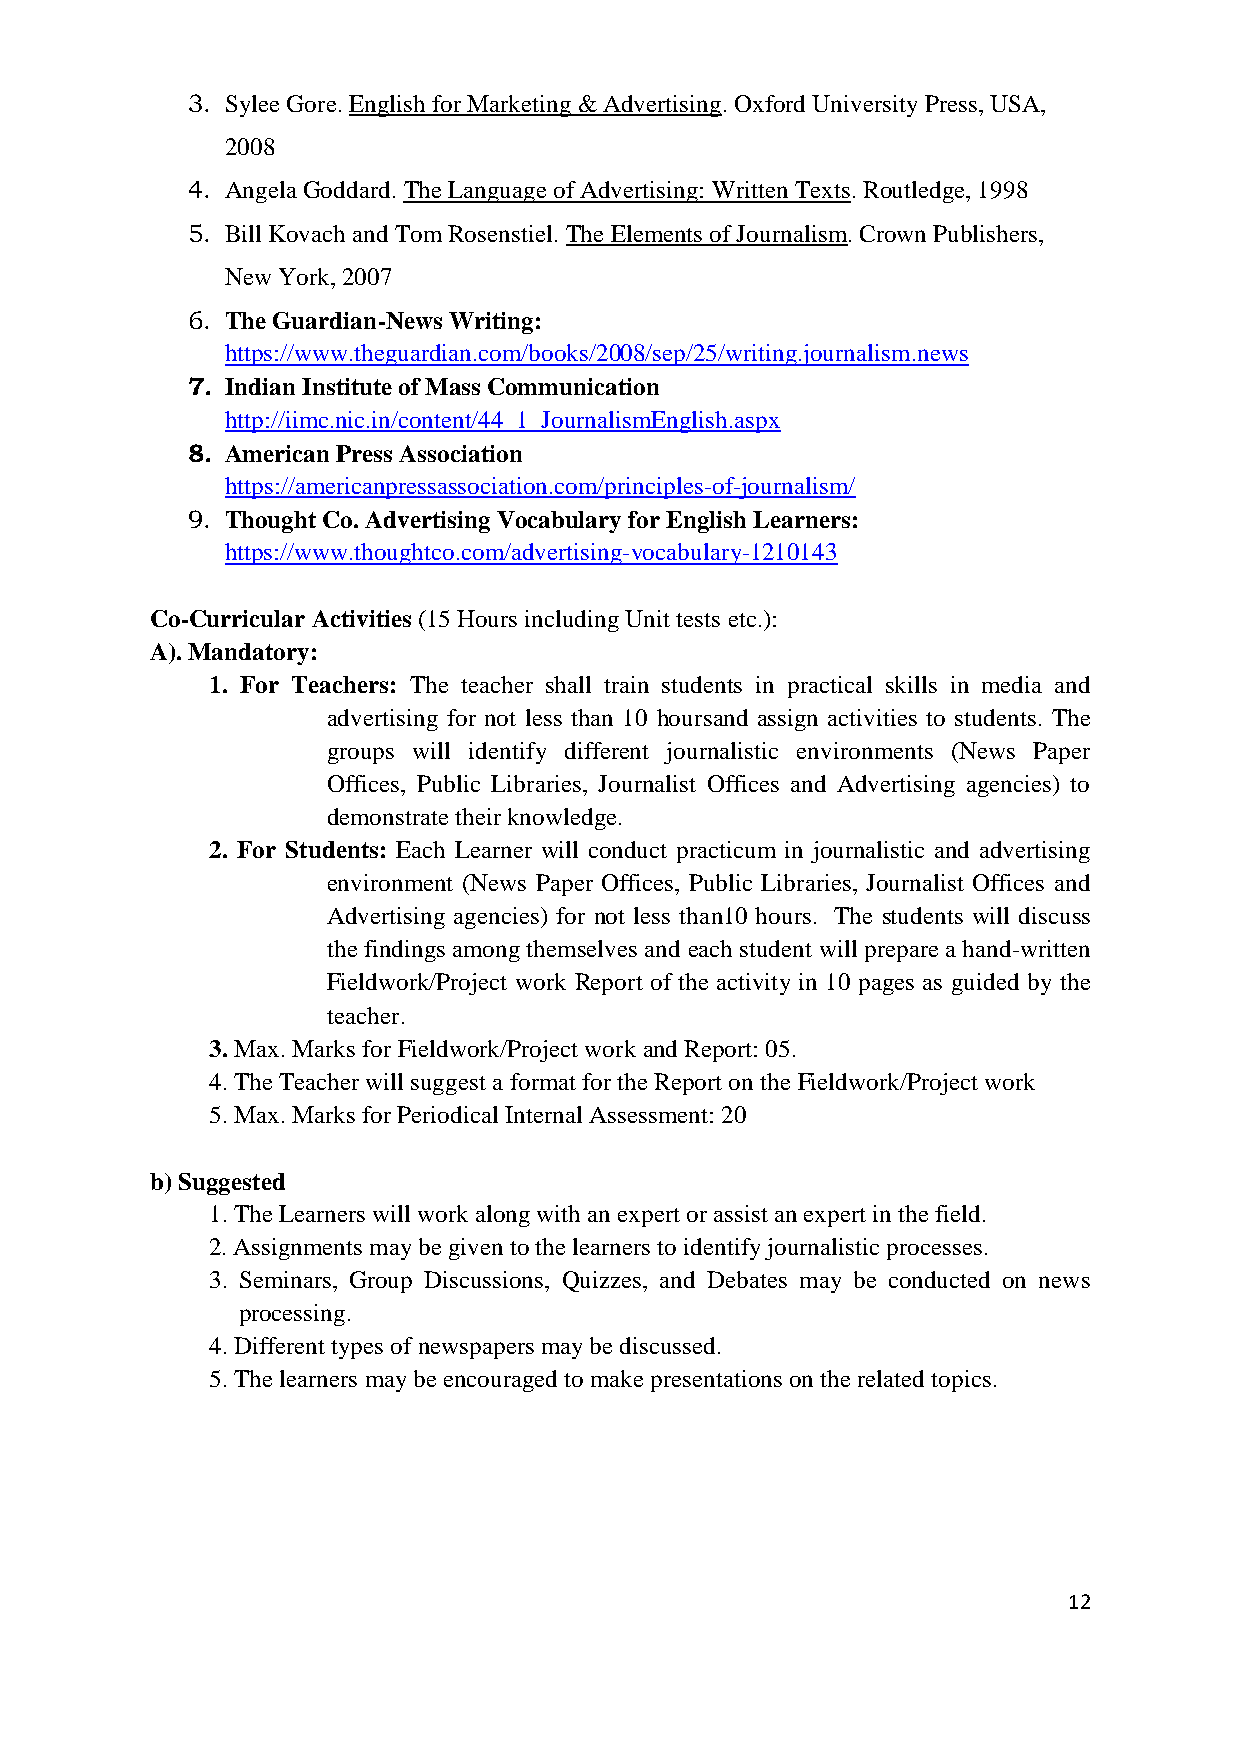
3. Sylee Gore. English for Marketing & Advertising. Oxford University Press, USA,
 2008
 4. Angela Goddard. The Language of Advertising: Written Texts. Routledge, 1998
 5. Bill Kovach and Tom Rosenstiel. The Elements of Journalism. Crown Publishers,
 New York, 2007
 6. The Guardian-News Writing:
 https://www.theguardian.com/books/2008/sep/25/writing.journalism.news
 7. Indian Institute of Mass Communication
 http://iimc.nic.in/content/44_1_JournalismEnglish.aspx
 8. American Press Association
 https://americanpressassociation.com/principles-of-journalism/
 9. Thought Co. Advertising Vocabulary for English Learners:
 https://www.thoughtco.com/advertising-vocabulary-1210143
 Co-Curricular Activities (15 Hours including Unit tests etc.):
 A). Mandatory:
 1. For Teachers: The teacher shall train students in practical skills in media and
 advertising for not less than 10 hoursand assign activities to students. The
 groups will identify different journalistic environments (News Paper
 Offices, Public Libraries, Journalist Offices and Advertising agencies) to
 demonstrate their knowledge.
 2. For Students: Each Learner will conduct practicum in journalistic and advertising
 environment (News Paper Offices, Public Libraries, Journalist Offices and
 Advertising agencies) for not less than10 hours. The students will discuss
 the findings among themselves and each student will prepare a hand-written
 Fieldwork/Project work Report of the activity in 10 pages as guided by the
 teacher.
 3. Max. Marks for Fieldwork/Project work and Report: 05.
 4. The Teacher will suggest a format for the Report on the Fieldwork/Project work
 5. Max. Marks for Periodical Internal Assessment: 20
 b) Suggested
 1. The Learners will work along with an expert or assist an expert in the field.
 2. Assignments may be given to the learners to identify journalistic processes.
 3. Seminars, Group Discussions, Quizzes, and Debates may be conducted on news
 processing.
 4. Different types of newspapers may be discussed.
 5. The learners may be encouraged to make presentations on the related topics.
 12